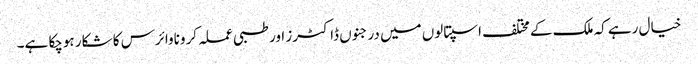
خیال رہے کہ ملک کے مختلف اسپتالوں میں درجنوں ڈاکٹرز اور طبی عملہ کروناوائرس کا شکار ہوچکا ہے۔